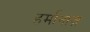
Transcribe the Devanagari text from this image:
हर्मानाज़